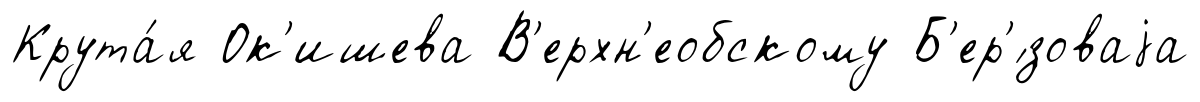
Крута́я Ок'ишева В'ерхн'еобскому Б'ер'́зоваjа